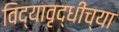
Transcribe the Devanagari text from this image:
विद्यावृद्धीच्या